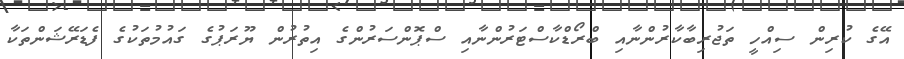
އޭގެ ކުރިން ސިއްހީ ތަޖުރިބާކާރުންނާއި ބްރޯޑްކާސްޓަރުންނާއި ސްޕޮންސަރުންގެ އިތުރުން ޔޫރަޕުގެ ގައުމުތަކުގެ ފެޑަރޭޝަންތަކާ